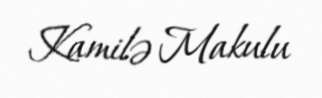
Kamilə Makulu